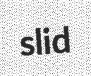
slid